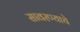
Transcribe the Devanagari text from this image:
सावरण्याचे